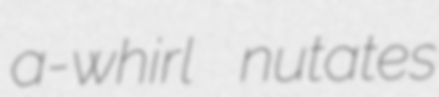
a-whirl nutates